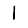
Digit: 1